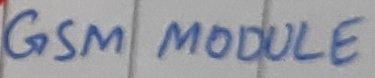
Text: GSM MODULE